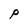
Character: p